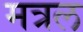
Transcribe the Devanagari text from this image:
मत्रल